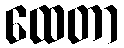
ထေတာ